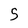
Character: 5